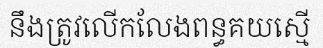
នឹងត្រូវលើកលែងពន្ធគយស្មើ